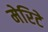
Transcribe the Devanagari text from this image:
मेरिटे